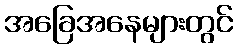
အခြေအနေများတွင်